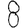
Digit: 8